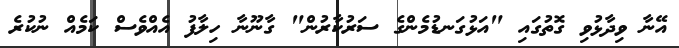
އޭނާ ވިދާޅުވި ގޮތުގައި "އަޅުގަނޑުމެންގެ ސަރުކާރުން" ގާނޫނާ ހިލާފު އެއްވެސް ކަމެއް ނުކުރެ